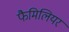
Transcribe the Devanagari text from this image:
फैमिलियर